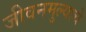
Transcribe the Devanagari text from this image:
जीवनमुल्याचे